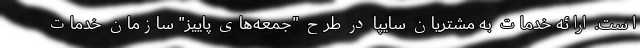
است. ارائه خدمات به مشتریان سایپا در طرح "جمعه‌های پاییز" سازمان خدمات